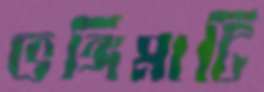
ভঙ্গিমাটি